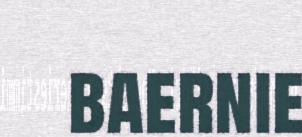
baernie